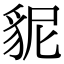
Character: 䝚